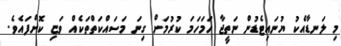
މި ލަނޑާއެކު ޔުނައިޓެޑުން ނަތީޖާ ހަމަހަމަ ކުރުމަށް ގިނަ މަސައްކަތްތަކެއް ވަޏި ކޮށްފައެވެ.